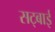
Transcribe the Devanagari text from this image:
सट्बाई